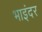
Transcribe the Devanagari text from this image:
भाइंदर